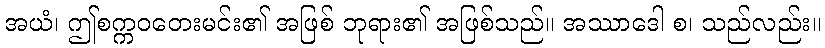
အယံ၊ ဤစက္ကဝတေးမင်း၏ အဖြစ် ဘုရား၏ အဖြစ်သည်။ အဿာဒေါ စ၊ သည်လည်း။